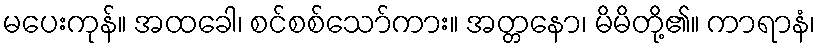
မပေးကုန်။ အထခေါ၊ စင်စစ်သော်ကား။ အတ္တနော၊ မိမိတို့၏။ ကာရာနံ၊